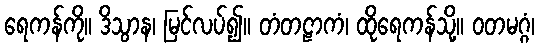
ရေကန်ကို။ ဒိသွာန၊ မြင်လပ်၍။ တံတဠာကံ၊ ထိုရေကန်သို့။ ဝတမဂ္ဂံ၊